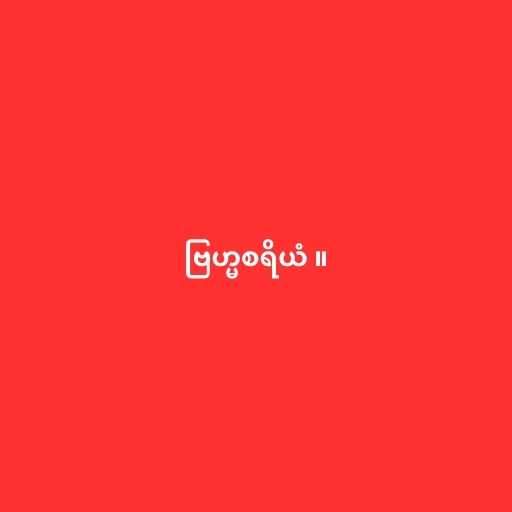
ဗြဟ္မစရိယံ ။